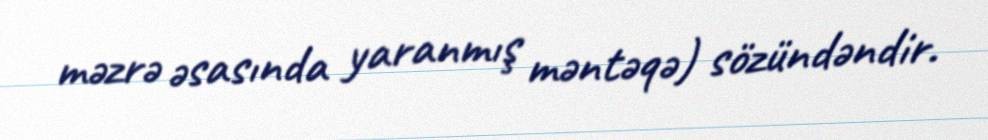
məzrə əsasında yaranmış məntəqə) sözündəndir.